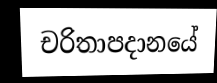
චරිතාපදානයේ